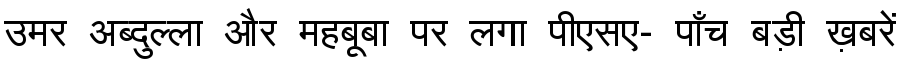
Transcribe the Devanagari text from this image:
उमर अब्दुल्ला और महबूबा पर लगा पीएसए- पाँच बड़ी ख़बरें